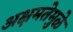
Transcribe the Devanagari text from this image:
अक्षमतेमुळे